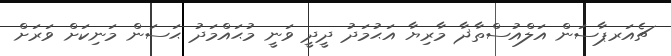
ޗެއަރޕާސަން އަލްއުސްތާޛާ މާރިޔާ އަޙުމަދު ދީދީ ވަނީ މުޙައްމަދު ޙަސަން މަނިކަށް ވަރަށް